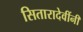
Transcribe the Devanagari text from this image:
सितारादेवींनी